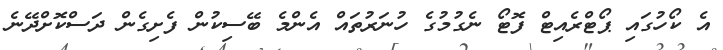
އެ ކޯހުގައި ޕޯޓްރެއިޓް ފޮޓޯ ނެގުމުގެ ހުނަރުތައް އެންމެ ބޭސިކުން ފެށިގެން ދަސްކޮށްދޭނެ